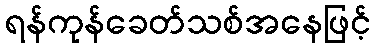
ရန်ကုန်ခေတ်သစ်အနေဖြင့်